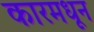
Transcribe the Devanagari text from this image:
कारमधून